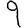
Digit: 9